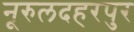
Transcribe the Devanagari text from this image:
नूरुलदहरपुर